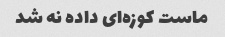
ماست کوزه‌ای داده نه شد